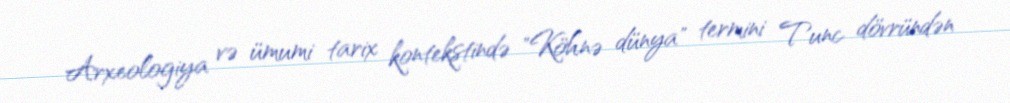
Arxeologiya və ümumi tarix kontekstində "Köhnə dünya" termini Tunc dövründən